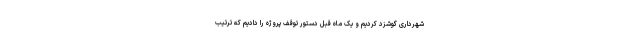
شهرداری گوشزد کردیم و یک ماه قبل دستور توقف پروژه را دادیم که ترتیب